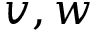
v , w